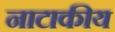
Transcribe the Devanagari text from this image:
नाटाकीय